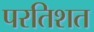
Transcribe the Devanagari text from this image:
परतिशत